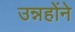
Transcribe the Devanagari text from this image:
उन्नहोंने